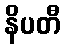
နိပတီ